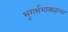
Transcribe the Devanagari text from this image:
भूगर्भशास्त्रज्ञाला